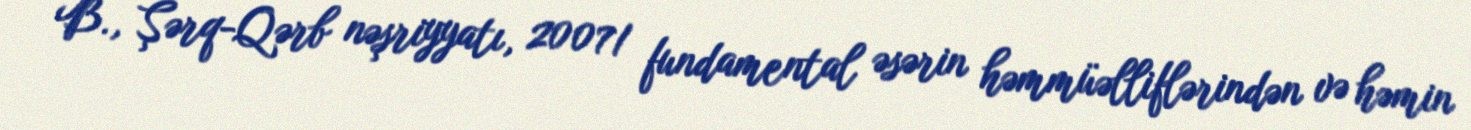
B., Şərq-Qərb nəşriyyatı, 2007/ fundamental əsərin həmmüəlliflərindən və həmin